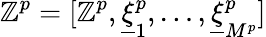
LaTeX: \mathbb{Z}^{p}=[\mathbb{Z}^{p},\underline{{\xi}}_{1}^{p},\dots,\underline{{\xi}}_{M^{p}}^{p}]